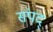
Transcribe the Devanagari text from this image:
संपद्